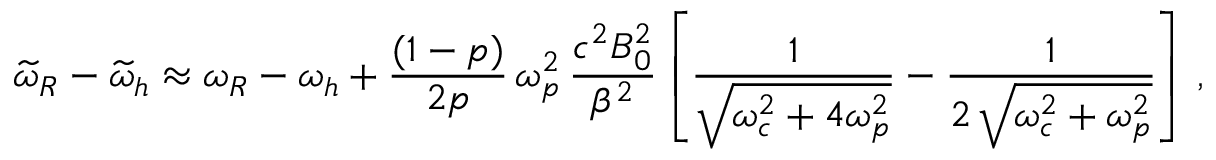
\widetilde { \omega } _ { R } - \widetilde { \omega } _ { h } \approx \omega _ { R } - \omega _ { h } + \frac { ( 1 - p ) } { 2 p } \, \omega _ { p } ^ { 2 } \, \frac { c ^ { 2 } B _ { 0 } ^ { 2 } } { \beta ^ { 2 } } \left[ \frac { 1 } { \sqrt { \omega _ { c } ^ { 2 } + 4 \omega _ { p } ^ { 2 } } } - \frac { 1 } { 2 \, \sqrt { \omega _ { c } ^ { 2 } + \omega _ { p } ^ { 2 } } } \right] \, ,